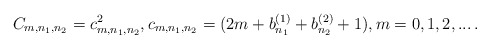
\begin{align*}C_{m,n_1,n_2}=c_{m,n_1,n_2}^2, c_{m,n_1,n_2}=(2 m +b_{n_1}^{(1)}+ b_{n_2}^{(2)}+1),m=0,1,2,...\,.\end{align*}